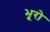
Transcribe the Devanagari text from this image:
भूरो